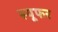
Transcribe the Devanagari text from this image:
स्पूफर